Report on enteric fever
Disease focus: Fever
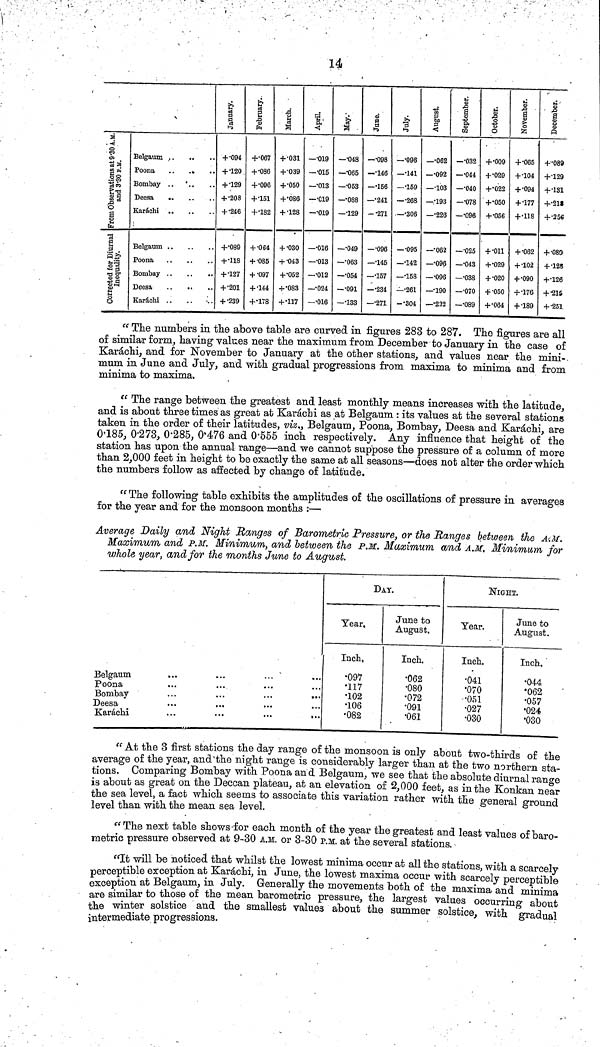
14
From Obsevations at 9.30 A.M. and 3.30 P.M.
Corrected forDiurnal Inequnlity
Belgaum
Poona
..
.»
Bombay .. '..
Deesa
Karachi
Belgaum
Poona
Bombay
Deesa
Karachi ..
+ •094
+ •120
+ •129
+ •208
+ •246
+•089
+ •118
+ •127
+ •201
+ •239
+•067
+ •086
+•006
+•151
+•182
+ •064
+ •085
+ •097
+ •144
+•178
+•031
+•039
+•050
+•080
+ •128
+ •030
+ •043
+•052
+'083
+•117
—•019
—•015
—•013
—•C19
-•019
—•016
—•013
—•012
—•024
—•016
—•048
—•065
—•053
—•088
—•129
—•049
—•063
—•054
—•091
—•133
—•098
—•146
—•156
—•241
-•271
—•096
—•145
—•157
—•234
—•271
—'096
—•141
—•159
—•268
— -306
—•095
—•142
—•158
—•261
-•304
—•062
—•092
— -Í03
—•193
—•226
—•062
—•096
—•096
—•190
—•232
—•032
—•044
—•040
—•078
—•096
—•025
—•043
—•038
—•070
—•089
+ •009
+ •029
+•022
+ •050
+ •056
+ •011
+ •029
+ •020
+ •050
+ •064
,
+ •065
+ •104
+ •094
+ •177
+ •118
+ •062
+ •102
+ •090
+ •176
+ •189
+ •089
+•129
+•181
+•218
+•256
+ •080
+ •128
+•126
+ •215
+ •251
" The numbers in the above table are curved in figures 283 to 287. The figures are all
of similar form, having values near the maximum from December to January in the case of
Karachi, and for November to January at the other stations, and values near the mini-
mum in June and July, and with gradual progressions from maxima to minima and from
minima to maxima.
" The range between the greatest and least monthly means increases with the latitude,
and is about three times as great at Karachi as at Belgaum : its values at the several stations
taken in the order of their latitudes, viz., Belgaum, Poona, Bombay, Deesa and Karachi, are
0.185, 0.273, 0.285, 0.476 and 0.555 inch respectively. Any influence that height of the
station has upon the annual range—and we cannot suppose the pressure of a column of more
than 2,000 feet in height to be exactly the same at all seasons—does not alter the order which
the numbers follow as affected by change of latitude.
" The following table exhibits the amplitudes of the oscillations of pressure in averages
for the year and for the monsoon months :—
Average Daily and Night Ranges of Barometric Pressure, or the Ranges between the A.M.
Maximum and P.M. Minimum, and between the P.M. Maximum and A.M, Minimum for
whole year, and for the months June to August.
Belgaum
.
•
Poona
Bombay
Deesa
Karachi
DAY.
Year.
Inch,
•097
•117
•102
•106
•082
June to
August.
Inch.
•062
•080
•072
•091
•061
NIGHT.
Year.
Inch.
•041
•070
•051
•027
•030
June to
August.
Inch.
•044
•062
•057
•024
•030
" At the 3 first stations the day range of the monsoon is only about two-thirds of the
average of the year, and'the night range is considerably larger than at the two northern sta-
tions. Comparing Bombay with Poona and Belgaum, we see that the absolute diurnal range
is about as great on the Deccan plateau, at an elevation of 2,000 feet, as in the Konkan near
the sea level, a fact which seems to associate this variation rather with the general ground
level than with the mean sea level.
"The next table shows for each month of the year the greatest and least values of baro-
metric pressure observed at 9-30 A.M. or 3-30 P.M. at the several stations.
"It will be noticed that whilst the lowest minima occur at all the stations, with a scarcely
perceptible exception at Karachi, in June, the lowest maxima occur with scarcely perceptible
exception at Belgaum, in July. Generally the movements both of the maxima and minima
are similar to those of the mean barometric pressure, the largest values occurring about
the winter solstice and the smallest values about the summer solstice, with gradual
intermediate progressions.